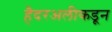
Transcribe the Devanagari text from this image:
हैदरअलीकडून